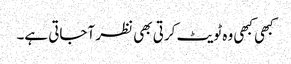
کبھی کبھی وہ ٹویٹ کرتی بھی نظر آجاتی ہے۔